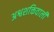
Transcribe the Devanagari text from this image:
अश्वशक्तिवाली